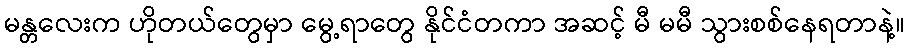
မန္တလေးက ဟိုတယ်တွေမှာ မွေ့ရာတွေ နိုင်ငံတကာ အဆင့် မီ မမီ သွားစစ်နေရတာနဲ့။